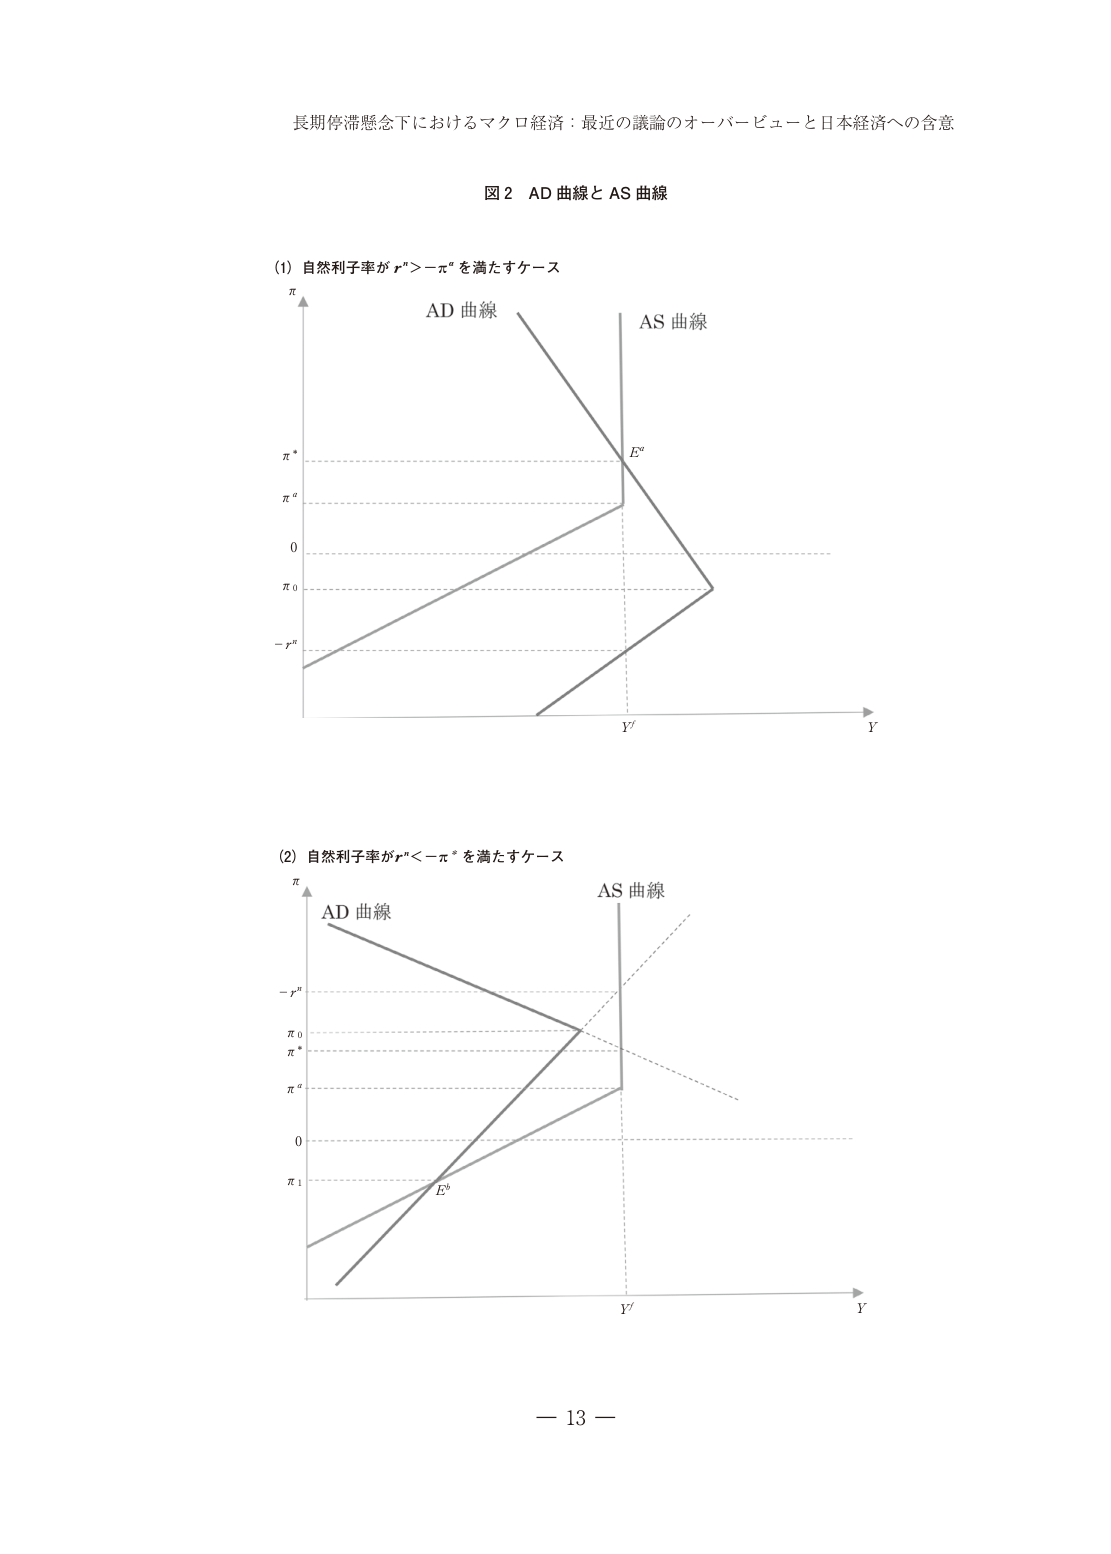
長期停滞懸念下におけるマクロ経済：最近の議論のオーバービューと日本経済への含意

図２ AD 曲線と AS 曲線

(1) 自然利子率が r* > -π* を満たすケース
π
AD 曲線
AS 曲線
π*
πa
0
π0
- r*
Y'
Y
Ea

(2) 自然利子率が r* < -π* を満たすケース
π
AD 曲線
AS 曲線
- r*
π0
π*
πa
0
π1
Y'
Y
Eb

— 13 —